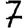
Digit: 7